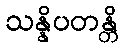
သန္နိပတန္တိ